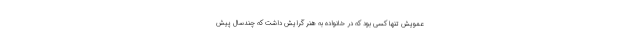
عمویش تنها کسی بود که در خانواده به هنر گرایش داشت که چندسال پیش